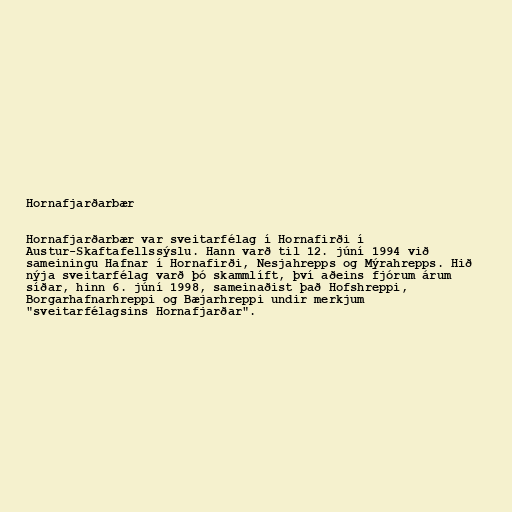
Hornafjarðarbær

Hornafjarðarbær var sveitarfélag í Hornafirði í
Austur-Skaftafellssýslu. Hann varð til 12. júní 1994 við
sameiningu Hafnar í Hornafirði, Nesjahrepps og Mýrahrepps. Hið
nýja sveitarfélag varð þó skammlíft, því aðeins fjórum árum
síðar, hinn 6. júní 1998, sameinaðist það Hofshreppi,
Borgarhafnarhreppi og Bæjarhreppi undir merkjum
"sveitarfélagsins Hornafjarðar".